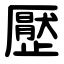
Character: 㱘